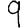
Digit: 9